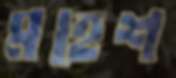
মহেশ